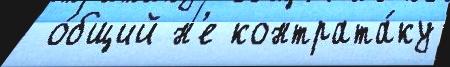
 о́бщий н'е контрата́ку